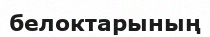
белоктарының